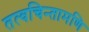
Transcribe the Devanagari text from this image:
तत्वचिन्तामणि